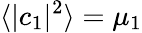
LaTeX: \langle\vert c_{1}\vert^{2}\rangle=\mu_{1}